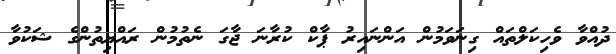
ދުއްވާ ވެހިކަލްތައް ގިނަވަމުން އަންނައިރު ޕާކް ކުރާނަ ޖާގަ ނެތުމުން ރައްޔިތުންގެ ޝަކުވާ